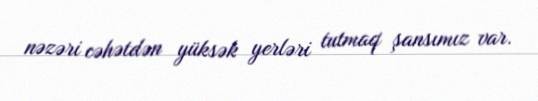
nəzəri cəhətdən yüksək yerləri tutmaq şansımız var.